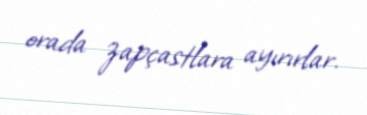
orada zapçastlara ayırırlar.